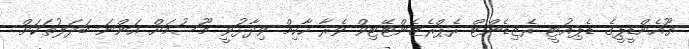
ޔޫއެންޑީޕީގެ ޑެޕިއުޓީ ރެޒިޑެންޓް ރެޕްރެޒެންޓޭޓިވް ވެރާ ހާކިމް ވިދާޅުވީ މޫސުމަށް އަންނަ ބަދަލުތަކަށް